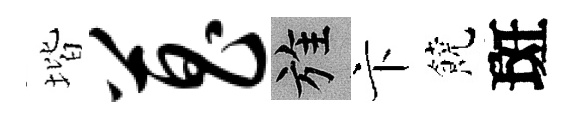
堦菖旌卞饒斑